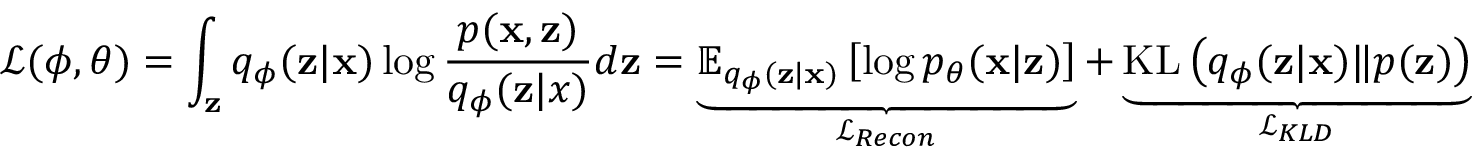
\mathcal { L } ( \phi , \theta ) = \int _ { \mathbf { z } } q _ { \phi } ( \mathbf { z } | \mathbf { x } ) \log \frac { p ( \mathbf { x } , \mathbf { z } ) } { q _ { \phi } ( \mathbf { z } | x ) } d \mathbf { z } = \underbrace { \mathbb { E } _ { q _ { \phi } ( \mathbf { z } | \mathbf { x } ) } \left[ \log p _ { \theta } ( \mathbf { x } | \mathbf { z } ) \right] } _ { \mathcal { L } _ { R e c o n } } + \underbrace { \mathrm { K L } \left( q _ { \phi } ( \mathbf { z } | \mathbf { x } ) \| p ( \mathbf { z } ) \right) } _ { \mathcal { L } _ { K L D } }